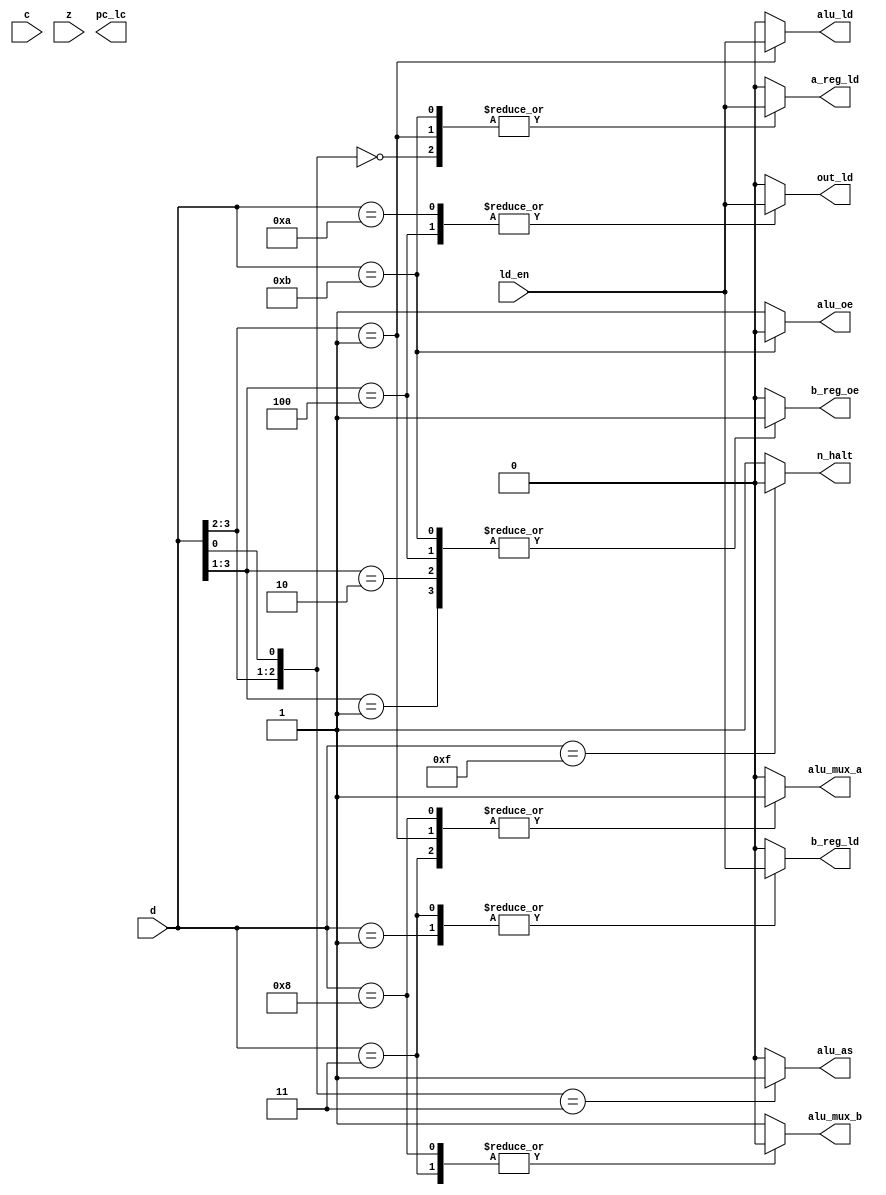
module ID(
    input wire [3:0] d,
    input wire ld_en,
    input wire c,
    input wire z,

    output wire a_reg_ld,

    output wire b_reg_ld,
    output wire b_reg_oe, //"ROM_OE" is "~B_REG_OE"

    output wire alu_as,
    output wire alu_oe, //"IN_OE" is "ALU_OE"
    output wire alu_ld,
    output wire alu_mux_a,
    output wire alu_mux_b,

    output wire out_ld,

    output wire pc_lc,

    output wire n_halt
);

//===================================================
//  A REG Load Enable
//==================================================
assign a_reg_ld = func_a_reg_ld(d, ld_en);
function func_a_reg_ld;
    input [3:0] d;
    input ld_en;
    begin
        casex(d)
            4'b00x0: func_a_reg_ld = ld_en;
            4'b01xx: func_a_reg_ld = ld_en;
            4'b1011: func_a_reg_ld = ld_en;
            default: func_a_reg_ld = 1'b0;
        endcase
    end
endfunction

//===================================================
//  B REG Load Enable
//==================================================
assign b_reg_ld = func_b_reg_ld(d, ld_en);
function func_b_reg_ld;
    input [3:0] d;
    input ld_en;
    begin
        casex(d)
            4'b0001: func_b_reg_ld = ld_en;
            4'b0011: func_b_reg_ld = ld_en;
            default: func_b_reg_ld = 1'b0;
        endcase
    end
endfunction

//===================================================
//  B REG Output Enable
//==================================================
assign b_reg_oe = func_b_reg_oe(d);
function func_b_reg_oe;
    input [3:0] d;
    begin
        casex(d)
            4'b001x: func_b_reg_oe = 1'b1;
            4'b010x: func_b_reg_oe = 1'b1;
            4'b100x: func_b_reg_oe = 1'b1;
            4'b1011: func_b_reg_oe = 1'b1;
            default: func_b_reg_oe = 1'b0;
        endcase
    end
endfunction

//===================================================
//  ALU ADD/SUB
//==================================================
assign alu_as = func_alu_as(d);
function func_alu_as;
    input [3:0] d;
    begin
        casex(d)
            4'b01x1: func_alu_as = 1'b1;
            default: func_alu_as = 1'b0;
        endcase
    end
endfunction

//===================================================
//  ALU Output Enable
//==================================================
assign alu_oe = (d == 4'b1011) ? 1'b0 : 1'b1;

//===================================================
//  ALU Load Enable
//==================================================
assign alu_ld = func_alu_ld(d, ld_en);
function func_alu_ld;
    input [3:0] d;
    input ld_en;
    begin
        casex(d)
            4'b01xx: func_alu_ld = ld_en;
            default: func_alu_ld = 1'b0;
        endcase
    end
endfunction

//===================================================
//  ALU Load Enable
//==================================================
assign alu_ld = func_alu_ld(d, ld_en);
function func_alu_ld;
    input [3:0] d;
    input ld_en;
    begin
        casex(d)
            4'b01xx: func_alu_ld =ld_en;
            default: func_alu_ld = 1'b0;
        endcase
    end
endfunction

//===================================================
//  ALU MUX A
//==================================================
assign alu_mux_a = func_alu_mux_a(d);
function func_alu_mux_a;
    input [3:0] d;
    begin
        casex(d)
            4'b0011: func_alu_mux_a = 1'b1;
            4'b01xx: func_alu_mux_a = 1'b1;
            4'b1000: func_alu_mux_a = 1'b1;
            default: func_alu_mux_a = 1'b0;
        endcase
    end
endfunction

//===================================================
//  ALU MUX B
//==================================================
assign alu_mux_b = func_alu_mux_b(d);
function func_alu_mux_b;
    input [3:0] d;
    begin
        casex(d)
            4'b0011: func_alu_mux_b = 1'b0;
            4'b1000: func_alu_mux_b = 1'b0;
            default: func_alu_mux_b = 1'b1;
        endcase
    end
endfunction

//===================================================
//  OUT REG Load Enable
//==================================================
assign out_ld = func_out_ld(d, ld_en);
function func_out_ld;
    input [3:0] d;
    input ld_en;
    begin
        casex(d)
            4'b100x: func_out_ld = ld_en;
            4'b1010: func_out_ld = ld_en;
            default: func_out_ld = 1'b0;
        endcase
    end
endfunction

//===================================================
//  Program Counter Load Enable
//==================================================
assign pc_ld = func_pc_ld(d, c, z);
function func_pc_ld;
    input [3:0] d;
    input c;
    input z;
    begin
        casex(d)
            4'b1100: func_pc_ld = 1'b1;
            4'b1101: func_pc_ld = ~c;
            4'b1110: func_pc_ld = ~z;
            default: func_pc_ld = 1'b0;
        endcase
    end
endfunction

//===================================================
//  HALT
//==================================================
assign n_halt = (d == 4'b1111) ? 1'b0 : 1'b1;

endmodule